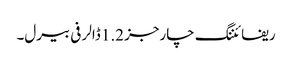
ریفائننگ چارجز 1.2 ڈالر فی بیرل۔